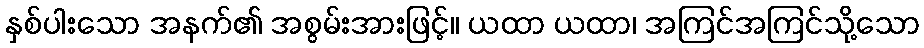
နှစ်ပါးသော အနက်၏ အစွမ်းအားဖြင့်။ ယထာ ယထာ၊ အကြင်အကြင်သို့သော